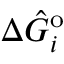
\Delta \hat { G } _ { i } ^ { \mathrm { o } }